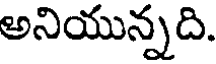
అనియున్నది.